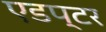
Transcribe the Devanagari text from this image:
एडप्टर